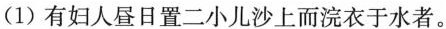
(1)有妇人昼日置二小儿沙上而浣衣于水者。